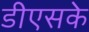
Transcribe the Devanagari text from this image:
डीएसके